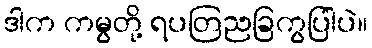
ဒါက ကမွတို့ ရပတြညခြကွပြါပဲ။